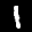
Label: 1